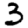
Digit: 3